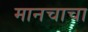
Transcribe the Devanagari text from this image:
मानचाचा